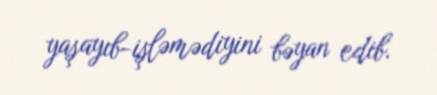
yaşayıb-işləmədiyini bəyan edib.